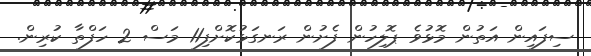
ސިފައިން އަތުން މޮޅުވެ ޕޮލިހުން ފެށުން ރަނގަޅުކޮށްފި11 މަސް 2 ހަފްތާ ކުރިން.